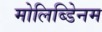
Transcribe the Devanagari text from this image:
मोलिब्डेिनम